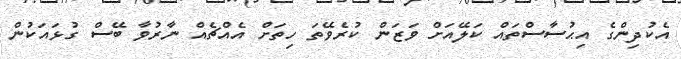
އެކުދިންގެ އިޙުސާސްތައް ކަލޭއަށް ވަޒަން ކުރެވޭތަ ހިތަށް އެއްޗެއް ނާރުވާ ބޭސް ގުޅައަކުން